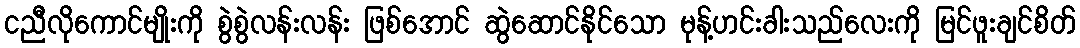
ငညီလိုကောင်မျိုးကို စွဲစွဲလန်းလန်း ဖြစ်အောင် ဆွဲဆောင်နိုင်သော မုန့်ဟင်းခါးသည်လေးကို မြင်ဖူးချင်စိတ်